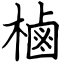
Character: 樐